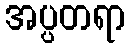
အပ္ပတရာ